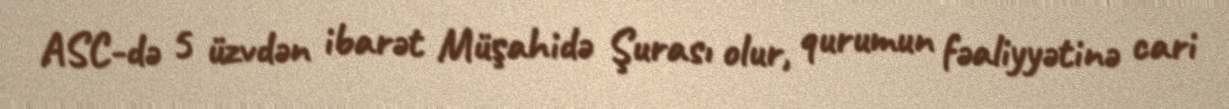
ASC-də 5 üzvdən ibarət Müşahidə Şurası olur, qurumun fəaliyyətinə cari